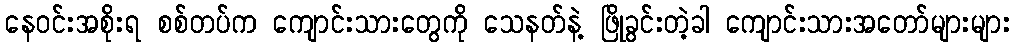
နေဝင်းအစိုးရ စစ်တပ်က ကျောင်းသားတွေကို သေနတ်နဲ့ ဖြိုခွင်းတဲ့ခါ ကျောင်းသားအတော်များများ